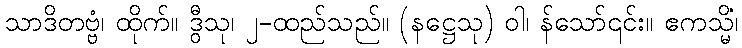
သာဒိတဗ္ဗံ၊ ထိုက်။ ဒွီသု၊ ၂-ထည်သည်။ (နဋ္ဌေသု) ဝါ၊ န်သော်၎င်း။ ဧကသ္မိံ၊